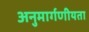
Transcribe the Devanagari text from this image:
अनुमार्गणीयता